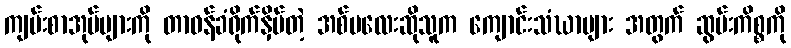
ကျမ်းစာအုပ်များကို တာဝန်ခံရိုက်နှိပ်တဲ့ အစ်မလေးဆိုသူက ကျောင်းသံဃာများ အတွက် ဆွမ်းကိစ္စကို